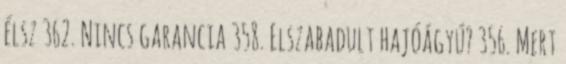
élsz 362. Nincs garancia 358. Elszabadult hajóágyú? 356. Mert